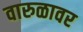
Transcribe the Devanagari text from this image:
वारुळावर